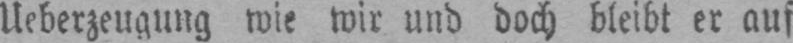
Ueberzeugung wie wir und doch bleibt er auf